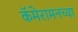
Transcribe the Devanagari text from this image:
कॅमेरामनच्या